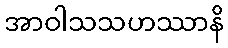
အာဝါသသဟဿာနိ